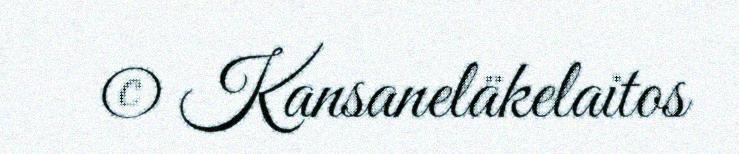
© Kansaneläkelaitos